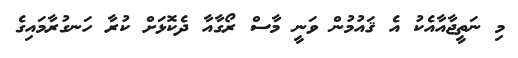
މި ނަތީޖާއާއެކު އެ ޤައުމުން ވަނީ މާސް ރޯގާއާ ދެކޮޅަށް ކުރާ ހަނގުރާމައިގެ